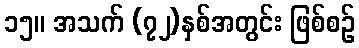
၁၅။ အသက် (၇၂)နှစ်အတွင်း ဖြစ်စဉ်